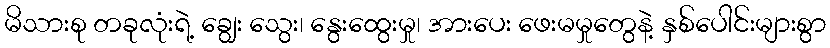
မိသားစု တခုလုံးရဲ့ ချွေး သွေး၊ နွေးထွေးမှု၊ အားပေး ဖေးမမှုတွေနဲ့ နှစ်ပေါင်းများစွာ